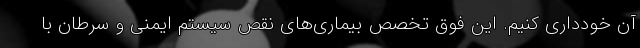
آن خودداری کنیم. این فوق تخصص بیماری‌های نقص سیستم ایمنی و سرطان با